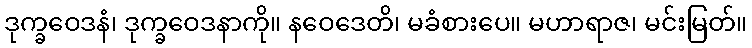
ဒုက္ခဝေဒနံ၊ ဒုက္ခဝေဒနာကို။ နဝေဒေတိ၊ မခံစားပေ။ မဟာရာဇ၊ မင်းမြတ်။